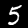
Digit: 5